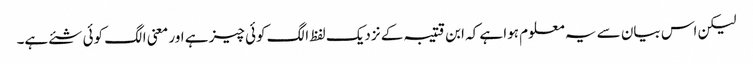
لیکن اس بیان سے یہ معلوم ہوا ہے کہ ابن قتیبہ کے نزدیک لفظ الگ کوئی چیز ہے اور معنی الگ کوئی شئے ہے۔